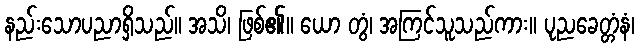
နည်းသောပညာရှိသည်။ အသိ၊ ဖြစ်၏။ ယော တွံ၊ အကြင်သူသည်ကား။ ပုညခေတ္တံနံ၊